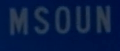
MSOUN